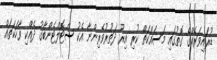
ޑުރައިވަރެއްގެ ގޮތުގައި މަސައްކަތް ކުރި އިރު ދަތުރުވެރިންނާ އެކު ސްޓޮލްޓެންބާގު ދެއްކި ވާހަކަތައް